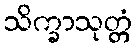
သိက္ခာသုတ္တံ